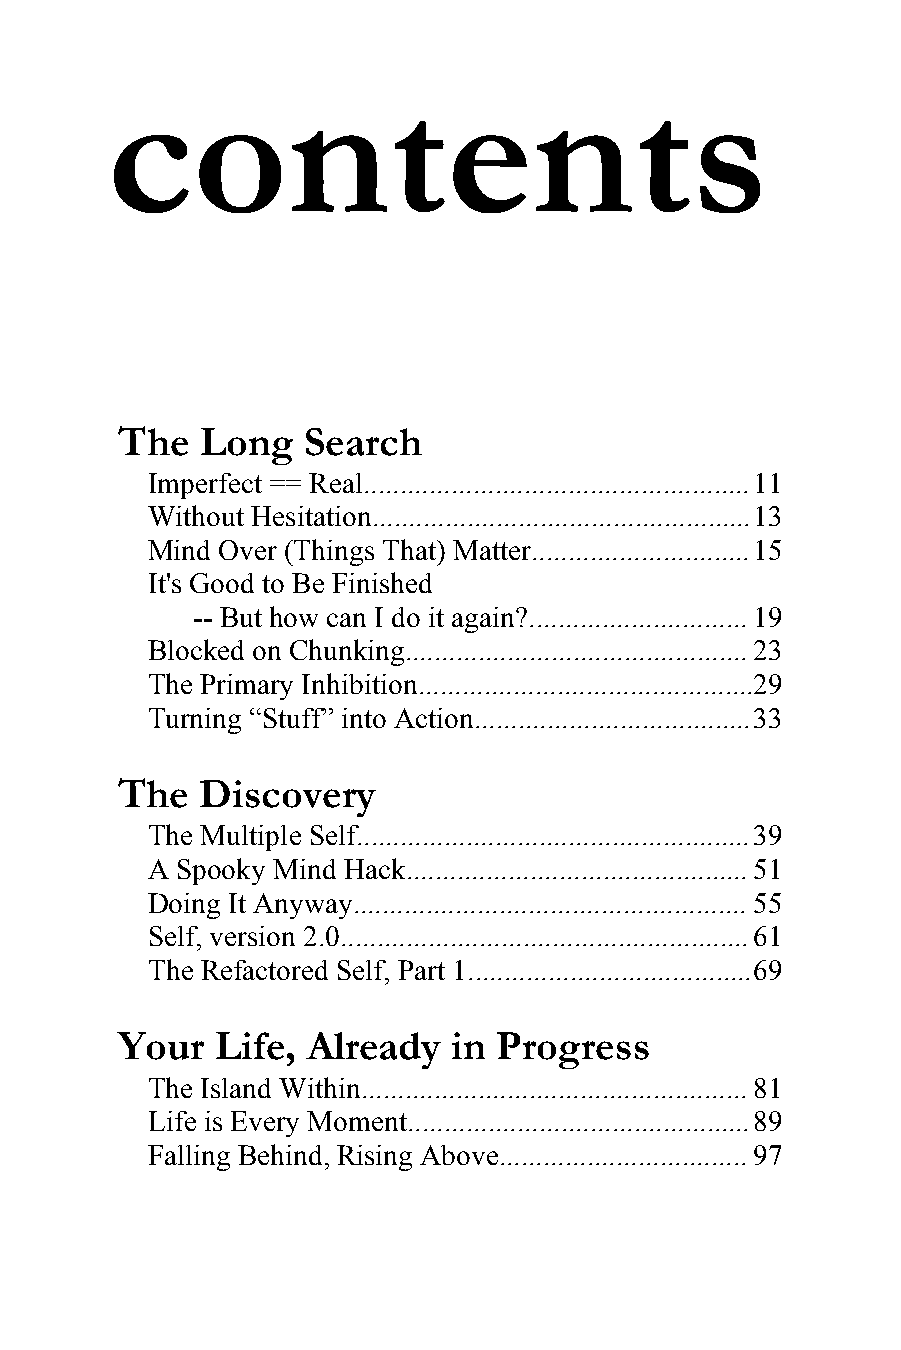
contents
 The  Long   Search
 Imperfect == Real.....................................................11
 Without Hesitation....................................................13
 Mind Over (Things That) Matter..............................15
 It's Good to Be Finished
 -- But how can I do it again?.............................. 19
 Blocked on Chunking............................................... 23
 The Primary Inhibition..............................................29
 Turning “Stuff” into Action......................................33
 The  Discovery
 The Multiple Self......................................................39
 A Spooky Mind Hack...............................................51
 Doing It Anyway...................................................... 55
 Self, version 2.0........................................................61
 The Refactored Self, Part 1.......................................69
 Your  Life, Already   in Progress
 The Island Within..................................................... 81
 Life is Every Moment...............................................89
 Falling Behind, Rising Above.................................. 97